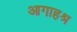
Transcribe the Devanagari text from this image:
आगाहश्र